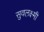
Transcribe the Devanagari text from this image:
सुवलक्ष्मी